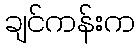
ချင်ကန်းက